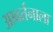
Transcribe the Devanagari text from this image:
आवर्तनाला